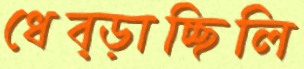
ধেব্‌ড়াচ্ছিলি